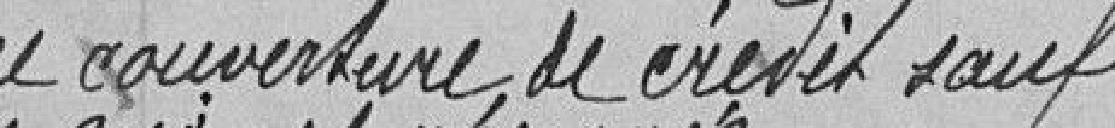
couverture de crédit sauf